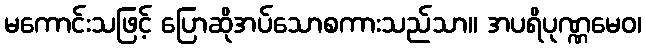
မကောင်းသဖြင့် ပြောဆိုအပ်သောစကားသည်သာ။ အပရိပုဏ္ဏမေဝ၊